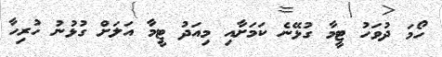
ހޯމަ ދުވަހު ޓީމާ ގުޅޭނެ ކަމަށާއި މިއަދު ޓީމާ އަލަށް ގުޅުނު ހުރިހާ